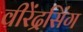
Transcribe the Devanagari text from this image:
वीरेंद्रसिंग